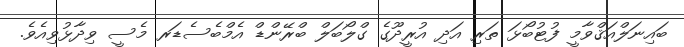
ބައިނަލްއަޤްވާމީ ފުޓުބޯޅަ ތަރި އަދި އުރީދޫގެ ގްލޯބަލް ބްރޭންޑް އެމްބެސެޑަރ މެސީ ވިދާޅުވިއެވެ.